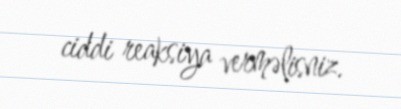
ciddi reaksiya verməlisniz.